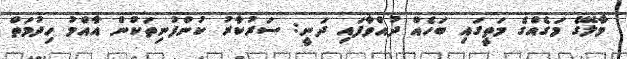
މާލޭގެ މަގެއްގެ މަތީގައި ބަހެއް ދުއްވާފައި ދަނީ: ސަރުކާރު ކުންފުނިތަކުން އާއްމު ހިދުމަތް